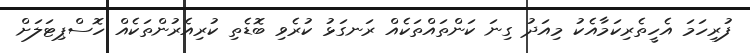
ފުރިހަަމަ އެހީތެރިކަމާއެކު މިއަދު ގިނަ ކަންތައްތަކެއް ރަނގަޅު ކުރެވި ބޮޑެތި ކުރިއެރުންތަކެއް ހޮސްޕިޓަލަށް